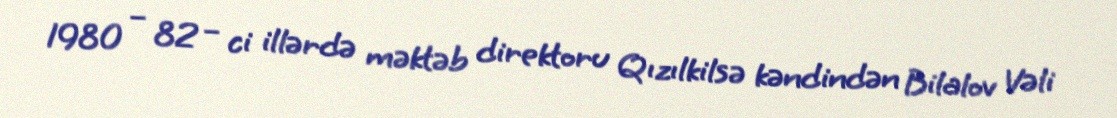
1980 – 82 – ci illərdə məktəb direktoru Qızılkilsə kəndindən Bilalov Vəli